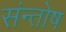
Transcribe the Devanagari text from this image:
संन्‍तोष